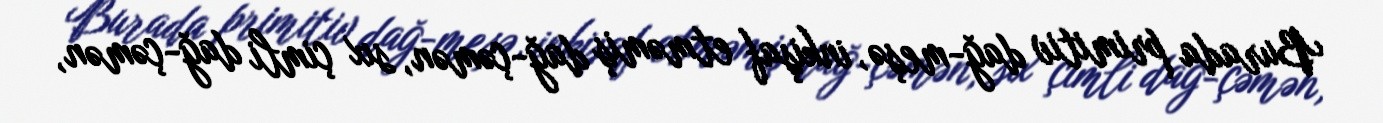
Burada primitiv dağ-meşə, inkişaf etməmiş dağ-çəmən, sıx çimli dağ-çəmən,